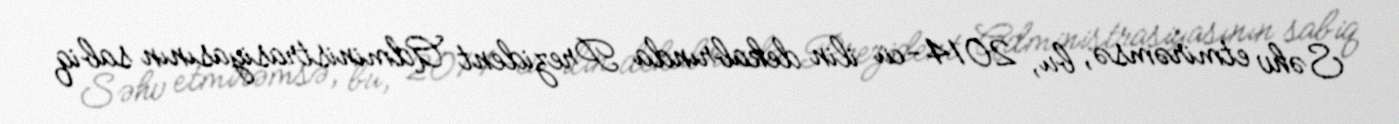
Səhv etmirəmsə, bu, 2014-cü ilin dekabrında Prezident Administrasiyasının sabiq